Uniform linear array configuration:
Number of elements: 4
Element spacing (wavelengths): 0.75
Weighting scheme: hann
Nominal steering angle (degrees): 45
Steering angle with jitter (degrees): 44.933
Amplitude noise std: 0.05
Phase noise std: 0.05

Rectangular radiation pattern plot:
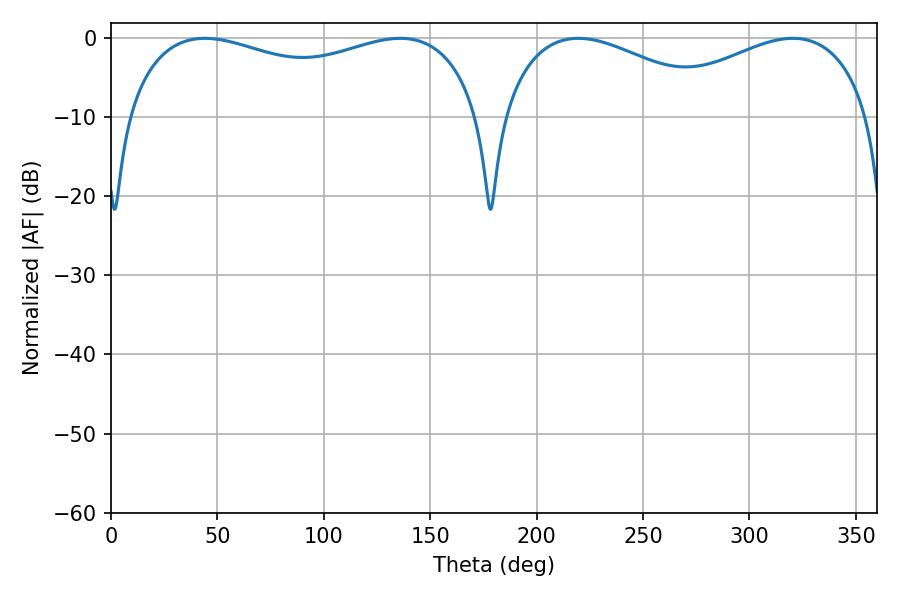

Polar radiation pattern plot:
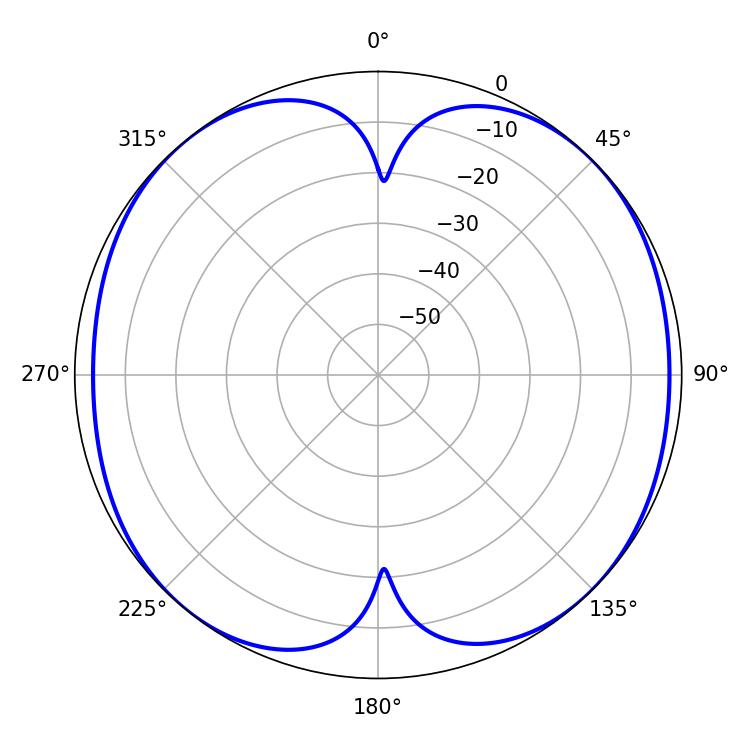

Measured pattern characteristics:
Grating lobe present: TRUE
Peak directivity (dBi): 12.147
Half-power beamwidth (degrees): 137.52
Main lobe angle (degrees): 44.1